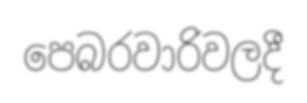
පෙබරවාරිවලදී